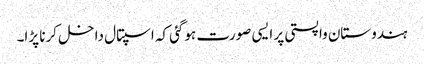
ہندوستان واپستی پر ایسی صورت ہوگئی کہ اسپتال داخل کرنا پڑا۔